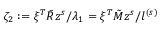
\zeta _ { 2 } : = \xi ^ { T } \bar { R } z ^ { s } / \lambda _ { 1 } = \xi ^ { T } \tilde { M } z ^ { s } / l ^ { ( s ) }